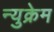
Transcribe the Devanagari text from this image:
न्युक्रेम